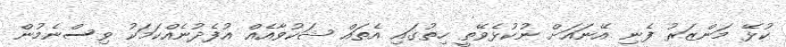
ކުޅޭ މަންޒަރު ފެނި އޭނައަށް ނުކުޅެވޭތީ ހިތުގައި އެތައް ޝަކުވާއެއް އުފެދުނެއްކަމަކު ވިސްނެމުން